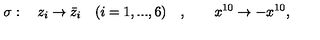
\sigma : \quad z _ { i } \to \bar { z } _ { i } \quad ( i = 1 , . . . , 6 ) \quad , \qquad x ^ { 1 0 } \to - x ^ { 1 0 } ,